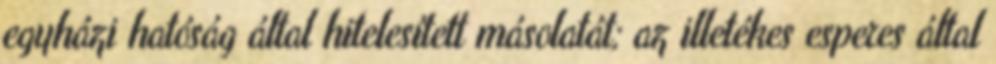
egyházi hatóság által hitelesített másolatát; az illetékes esperes által